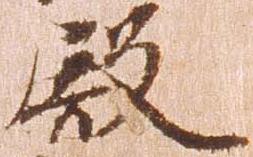
殿